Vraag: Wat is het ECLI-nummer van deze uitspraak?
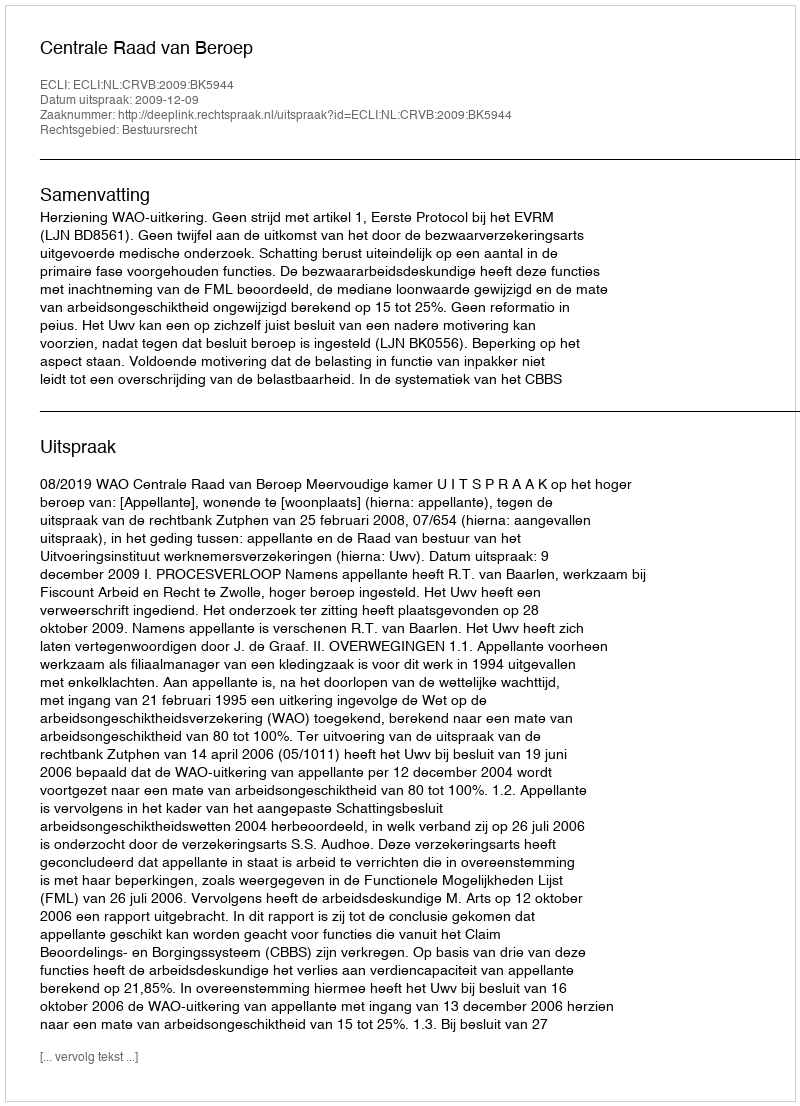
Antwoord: ECLI:NL:CRVB:2009:BK5944